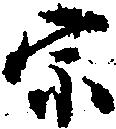
宗